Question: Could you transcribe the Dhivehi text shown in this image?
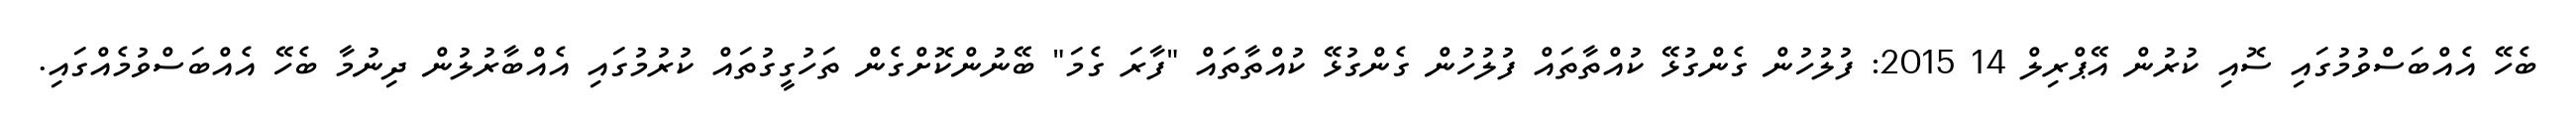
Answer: ބެހޭ އެއްބަސްވުމުގައި ސޮއި ކުރުން އޭޕްރިލް 14 2015: ފުލުހުން ގެންގުޅޭ ކުއްތާތައް ފުލުހުން ގެންގުޅޭ ކުއްތާތައް "ފާރަ ގެމަ" ބޭނުންކޮށްގެން ތަހުގީގުތައް ކުރުމުގައި އެއްބާރުލުން ދިނުމާ ބެހޭ އެއްބަސްވުމެއްގައި.